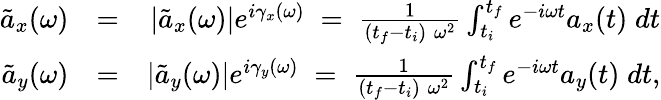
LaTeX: \begin{array}{rlr}{\tilde{a}_{x}(\omega)}&{=}&{|\tilde{a}_{x}(\omega)|e^{i\gamma_{x}(\omega)}\; =\; \frac{1}{(t_{f}-t_{i})\; \omega^{2}}\int_{t_{i}}^{t_{f}}e^{-i\omega t}a_{x}(t)\; dt}\\ {\tilde{a}_{y}(\omega)}&{=}&{|\tilde{a}_{y}(\omega)|e^{i\gamma_{y}(\omega)}\; =\; \frac{1}{(t_{f}-t_{i})\; \omega^{2}}\int_{t_{i}}^{t_{f}}e^{-i\omega t}a_{y}(t)\; dt,}\end{array}